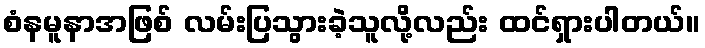
စံနမူနာအဖြစ် လမ်းပြသွားခဲ့သူလို့လည်း ထင်ရှားပါတယ်။